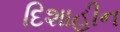
દિશાહીન